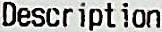
DESCRIPTION